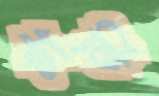
টার্টি